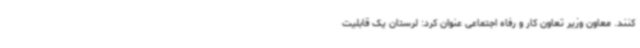
کنند. معاون وزیر تعاون کار و رفاه اجتماعی عنوان کرد: لرستان یک قابلیت